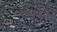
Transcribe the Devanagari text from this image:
चावलेला